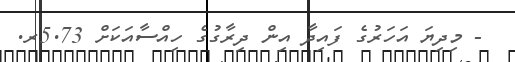
- މިދިޔަ އަހަރުގެ ފައިދާ އިން ދިރާގުގެ ހިއްސާއަކަށް 5.73ރ.